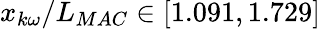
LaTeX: x_{k\omega}/L_{MAC}\in[1.091,1.729]